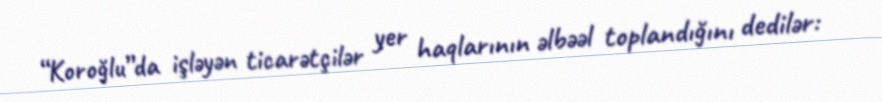
“Koroğlu”da işləyən ticarətçilər yer haqlarının əlbəəl toplandığını dedilər: